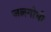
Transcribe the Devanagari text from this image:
जलगोभी